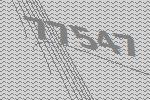
77547